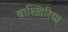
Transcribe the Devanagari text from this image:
बाश्ख़िरिया